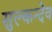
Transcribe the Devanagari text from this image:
सुल्कन्देव